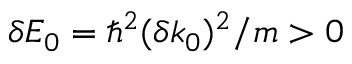
\delta E _ { 0 } = \hbar ^ { 2 } ( \delta k _ { 0 } ) ^ { 2 } / m > 0